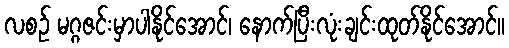
လစဉ် မဂ္ဂဇင်းမှာပါနိုင်အောင်၊ နောက်ပြီးလုံးချင်းထုတ်နိုင်အောင်။